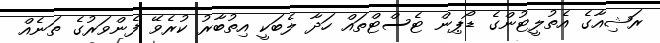
ރަޝިއާގެ އެތުލީޓުންގެ ޑޯޕިން ޓެސްޓްތައް ހަދާ ލެބަކީ އިތުބާރު ކުރެވޭ ފެންވަރުގެ ތަނެއް